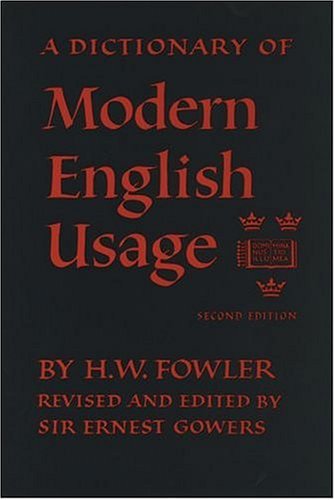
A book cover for Oxford Fowler's Modern English Usage Dictionary; H. W. Fowler; Reference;